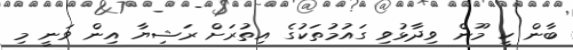
ބާން ކީ މޫން ވިދާޅުވި ގައުމުތަކުގެ އިތުރަށް ރަޝިޔާ އިން ވަނީ މި